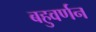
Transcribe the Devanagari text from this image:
बहुवर्णन